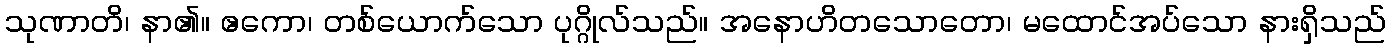
သုဏာတိ၊ နာ၏။ ဧကော၊ တစ်ယောက်သော ပုဂ္ဂိုလ်သည်။ အနောဟိတသောတော၊ မထောင်အပ်သော နားရှိသည်